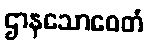
ဌာနသောဝေတံ